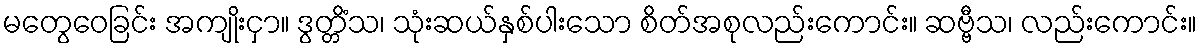
မတွေဝေခြင်း အကျိုးငှာ။ ဒွတ္တိံသ၊ သုံးဆယ်နှစ်ပါးသော စိတ်အစုလည်းကောင်း။ ဆဗ္ဗီသ၊ လည်းကောင်း။